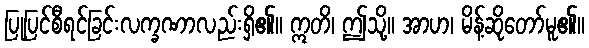
ပြုပြင်စီရင်ခြင်းလက္ခဏာလည်းရှိ၏။ ဣတိ၊ ဤသို့။ အာဟ၊ မိန့်ဆိုတော်မူ၏။